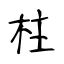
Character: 柱